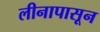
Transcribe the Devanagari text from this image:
लीनापासून